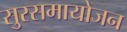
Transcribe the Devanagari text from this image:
सुरसमायोजन